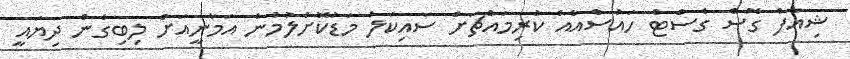
ޝިއާފް ގޮސް ގެސްޓް ހައުސްއެއް ކުރިމައްޗަށް ސައިކަލު މަޑުކޮށްލުމުން އަމާނީއަށް ލިބިގެން ދިޔައީ